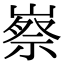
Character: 𡻰